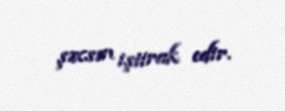
şəxsən iştirak edir.